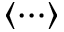
\left\langle \cdots \right\rangle